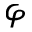
\varphi